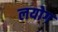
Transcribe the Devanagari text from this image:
लयोग